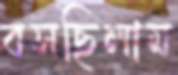
বসছিলাম